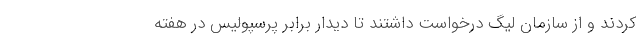
کردند و از سازمان لیگ درخواست داشتند تا دیدار برابر پرسپولیس در هفته